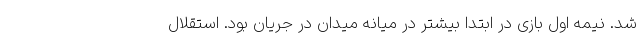
شد. نیمه اول بازی در ابتدا بیشتر در میانه میدان در جریان بود. استقلال